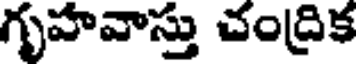
గృహవాస్తు చంద్రిక